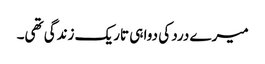
میرے درد کی دوا ہی تاریک زندگی تھی۔